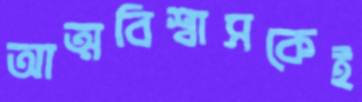
আত্মবিশ্বাসকেই